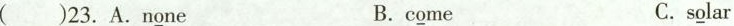
23.A.n\underline{o}ne B. c\underline{o}me C.s\underline{o}lar